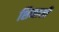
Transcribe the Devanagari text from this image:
शिनासी